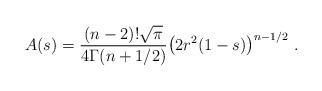
LaTeX: \begin{align*} A(s)= \frac{(n-2)!\sqrt{\pi}}{4\Gamma(n+1/2)}\bigl(2 r^2(1-s)\bigr)^{n-1/2}\ .\end{align*}